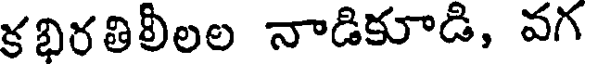
కభిరతిలీలల నాడికూడి, వగ